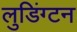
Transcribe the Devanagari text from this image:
लुडिंग्टन